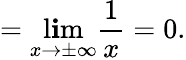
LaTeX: =\operatorname*{l\mathbf{i}m}_{x\to\pm\infty}{\frac{{1}}{{x}}}=0.